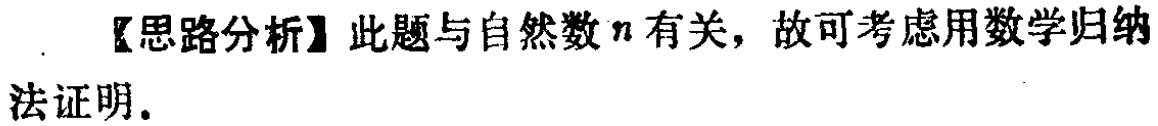
【思路分析】此题与自然数\(n\)有关，故可考虑用数学归纳法证明.